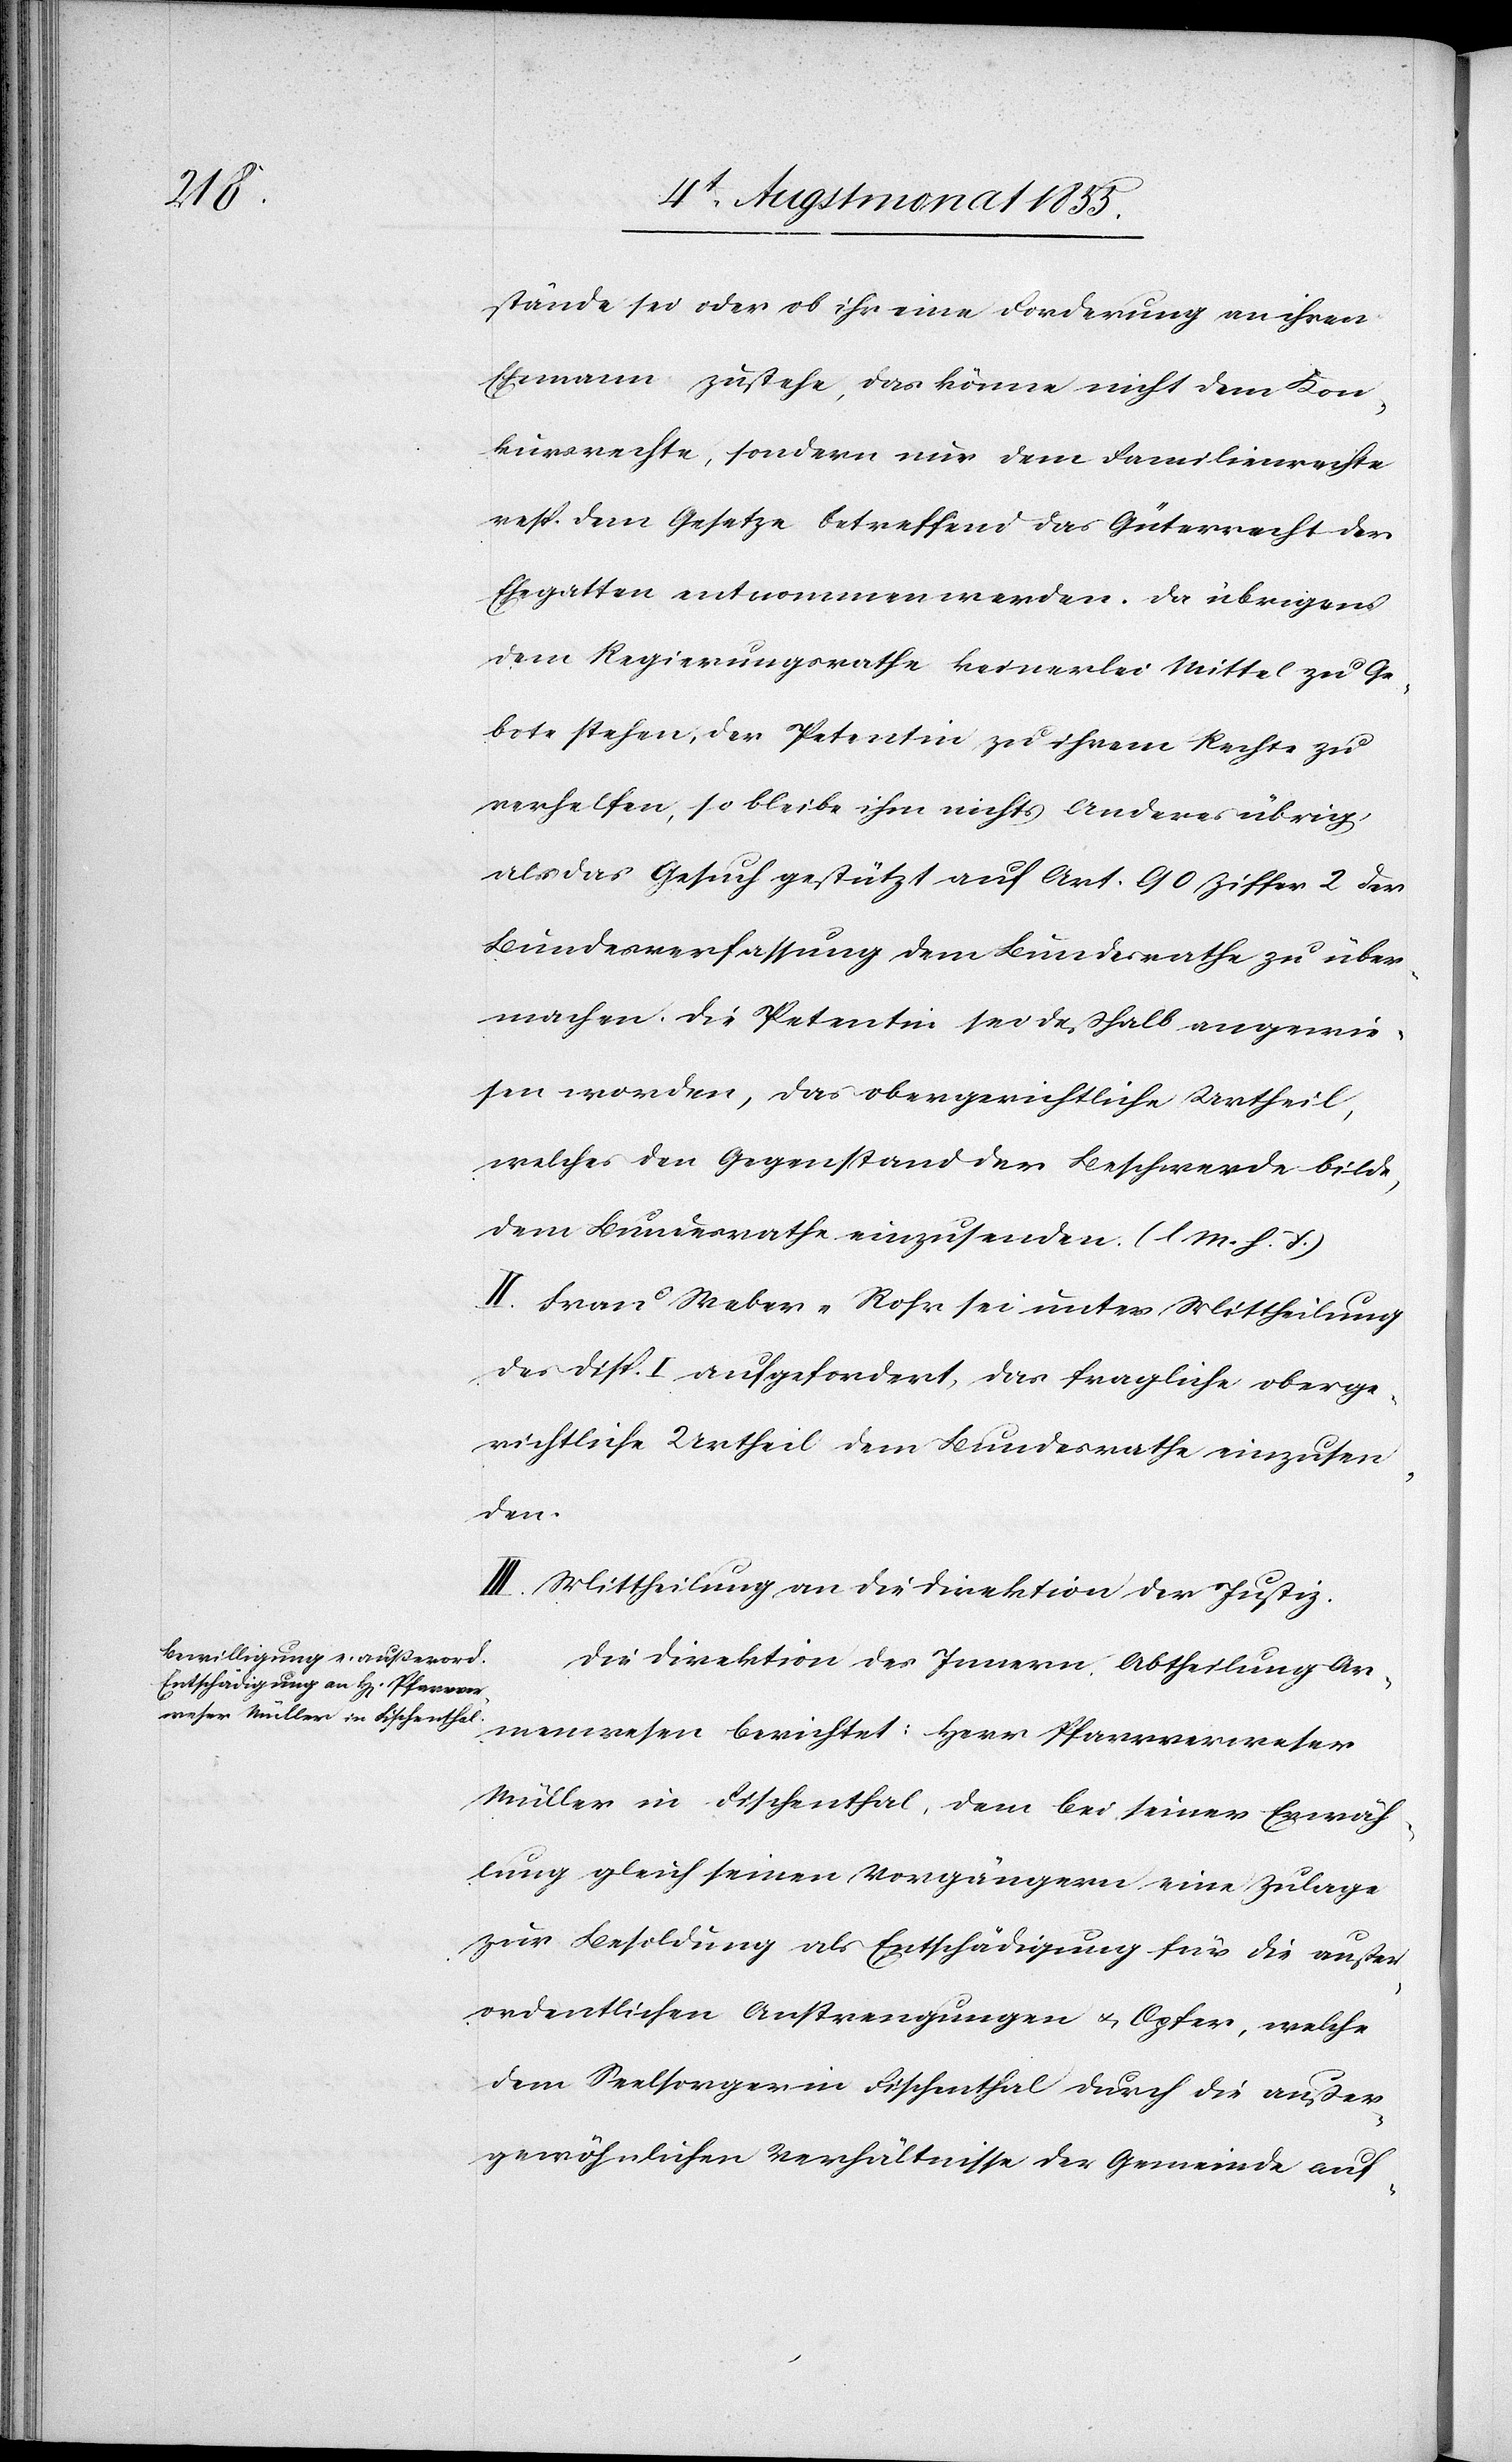
stände sei oder ob ihr eine Forderung an ihren
Ehemann zustehe, das könne nicht dem Kon¬
kursrechte, sondern nur dem Familienrechte
resp. dem Gesetze betreffend das Güterrecht der
Ehegatten entnommen werden. Da übrigens
dem Regierungsrathe keinerlei Mittel zu Ge¬
bote stehen, der Petentin zu ihrem Rechte zu
verhelfen, so bleibe ihm nichts Anderes übrig,
als das Gesuch gestützt auf Art. 90 Ziffer 2 der
Bundesverfassung dem Bundesrathe zu über¬
machen. Die Petentin sei deßhalb angewie¬
sen worden, das obergerichtliche Urtheil,
welches den Gegenstand der Beschwerde bilde,
dem Bundesrathe einzusenden. (l. M. h. T.)
II. Frau Weber-Rohr sei unter Mittheilung
des Disp. I aufgefordert, das fragliche oberge¬
richtliche Urtheil dem Bundesrathe einzusen¬
den.
III. Mittheilung an die Direktion der Justiz.
Die Direktion des Innern, Abtheilung Ar¬
menwesen berichtet: Herr Pfarrverweser
Müller in Fischenthal, dem bei seiner Erwäh¬
lung gleich seinen Vorgängern eine Zulage
zur Besoldung als Entschädigung für die außer¬
ordentlichen Anstrengungen & Opfer, welche
dem Seelsorger in Fischenthal durch die außer¬
gewöhnlichen Verhältnisse der Gemeinde auf-